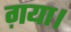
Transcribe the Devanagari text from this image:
ग़या।